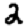
Digit: 2